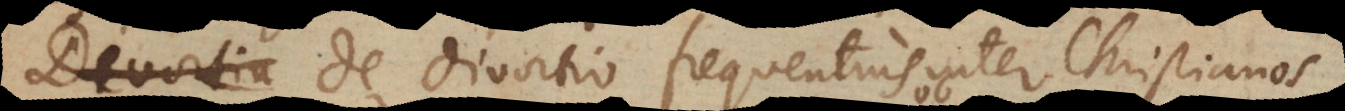
De divortio frequentius inter Christianos